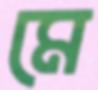
মে